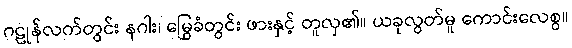
ဂဠုန်လက်တွင်း နဂါး၊ မြွေခံတွင်း ဖားနှင့် တူလှ၏။ ယခုလွတ်မူ ကောင်းလေစွ။